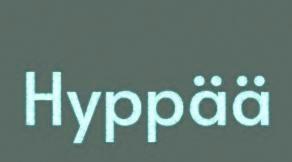
Hyppää